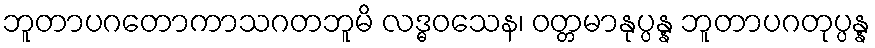
ဘူတာပဂတောကာသဂတဘူမိ လဒ္ဓဝသေန၊ ဝတ္တမာနုပ္ပန္န ဘူတာပဂတုပ္ပန္န